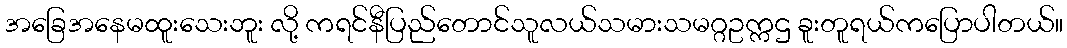
အခြေအနေမထူးသေးဘူး လို့ ကရင်နီပြည်တောင်သူလယ်သမားသမဂ္ဂဥက္ကဌ ခူးတူရယ်ကပြောပါတယ်။